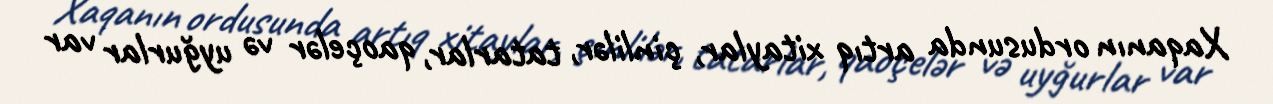
Xaqanın ordusunda artıq xitaylar, çinlilər, tatarlar, qaoçelər və uyğurlar var